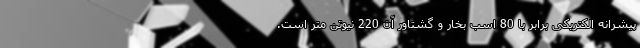
پیشرانه الکتریکی برابر با 80 اسب بخار و گشتاور آن 220 نیوتن متر است.